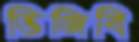
ভিজিবি